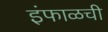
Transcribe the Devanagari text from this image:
इंफाळची